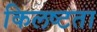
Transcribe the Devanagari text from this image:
किलष्टता